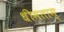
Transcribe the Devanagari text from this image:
धीमताम्